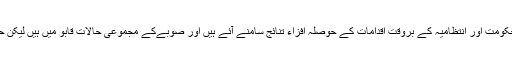
انہوں نے کہا کہ کورونا وائرس کے پھیلاؤ کو روکنے کے لئے صوبائی حکومت اور انتظامیہ کے بروقت اقدامات کے حوصلہ افزاء تنائج سامنے آئے ہیں اور صوبےکے مجموعی حالات قابو میں ہیں لیکن حکومت کسی بھی متوقع صورتحال سے نمٹنے کے لیے پور طرح تیار ہے۔